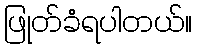
ဖြုတ်ခံရပါတယ်။